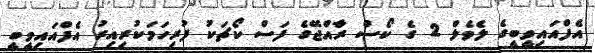
އެފްއައިވީބީގެ ލެވެލް 2 ގެ ކޯސް ރާއްޖޭގެ ފަސް ކޯޗަކު ފުރިހަމަކުރިއިރު އެފްއައިވީބީ